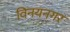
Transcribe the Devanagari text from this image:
विनयनगर